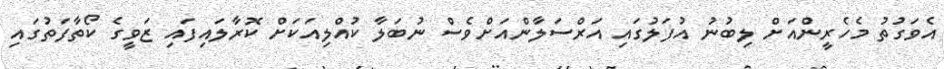
އެވަގުތު މެހެރީންއަށް ލިބުނު އުފަލުގައި އަރްސަލާންއަށްވެސް ނުބަލާ ކުއްލިއަކަށް ކޮރާލައިފައި ޒަވީގެ ކޯތާފަތުގައި